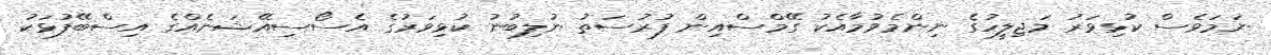
ނަމަވެސް ކުޅިވަރު މަޖިލީހުގެ ނިންމެވުމާއެކު ގޭމްސްއިން ފުރުސަތު ނުލިބުނު ކުޅިވަރުގެ އެސޯސިއޭޝަނެއްގެ އިސްބޭފުޅަކު